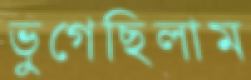
ভুগেছিলাম